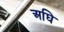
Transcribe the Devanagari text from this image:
अघि